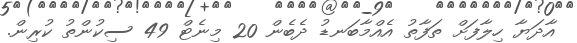
އާދަޔާ ހިލާފަށް ތަފާތު އެއްމާބަނޑު ދެބެން 20 މިނެޓް 49 ސިކުންތު ކުރިން.